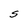
Character: S